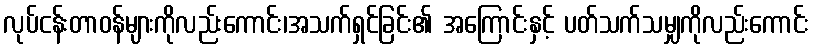
လုပ်ငန်းတာဝန်များကိုလည်းကောင်း၊အသက်ရှင်ခြင်း၏ အကြောင်းနှင့် ပတ်သက်သမျှကိုလည်းကောင်း